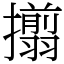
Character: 𢸄